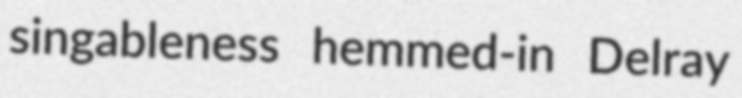
singableness hemmed-in Delray